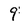
Character: 9